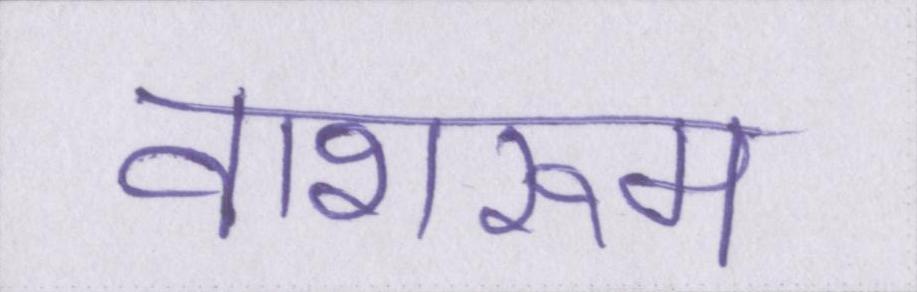
वाशरूम